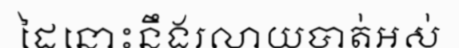
ដៃនោះនឹងរលាយបាត់អស់